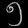
Digit: ၅